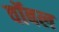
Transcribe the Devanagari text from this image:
वॉबल